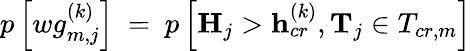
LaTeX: p\left[wg_{m,j}^{(k)}\right]\ =\ p\left[\mathbf{H}_{j}>\mathbf{h}_{cr}^{(k)},\mathbf{T}_{j}\in T_{cr,m}\right]